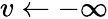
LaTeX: v\leftarrow-\infty